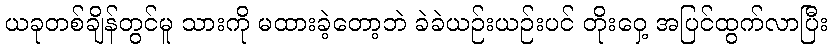
ယခုတစ်ချိန်တွင်မူ သားကို မထားခဲ့တော့ဘဲ ခဲခဲယဉ်းယဉ်းပင် တိုးဝှေ့ အပြင်ထွက်လာပြီး